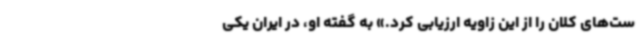
ست‌های کلان را از این زاویه ارزیابی کرد.» به گفته او، در ایران یکی